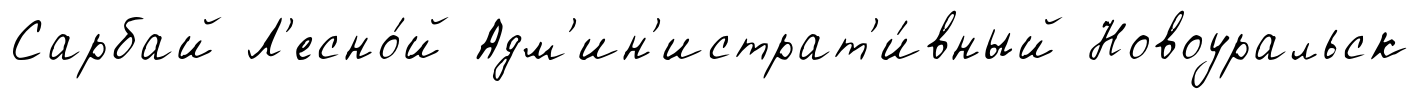
Сарбай Л'есно́й Адм'ин'истрат'и́вный Новоуральск